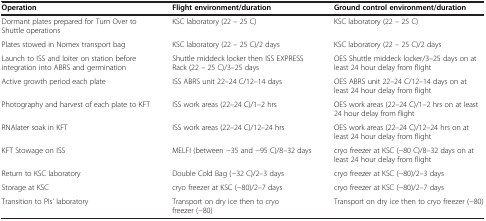
<table><thead><tr><td><b>Operation</b></td><td><b>Flight environment/duration</b></td><td><b>Ground control environment/duration</b></td></tr></thead><tbody><tr><td>Dormant plates prepared for Turn Over to Shuttle operations</td><td>KSC laboratory (22 – 25 C)</td><td>KSC laboratory (22 – 25 C)</td></tr><tr><td>Plates stowed in Nomex transport bag</td><td>KSC laboratory (22 – 25 C)/2 days</td><td>KSC laboratory (22 – 25 C)/2 days</td></tr><tr><td>Launch to ISS and loiter on station before integration into ABRS and germination</td><td>Shuttle middeck locker then ISS EXPRESS Rack (22 – 25 C)/3–25 days</td><td>OES Shuttle middeck locker/3–25 days on at least 24 hour delay from flight</td></tr><tr><td>Active growth period each plate</td><td>ISS ABRS unit 22–24 C/12–14 days</td><td>OES ABRS unit 22–24 C/12–14 days on at least 24 hour delay from flight</td></tr><tr><td>Photography and harvest of each plate to KFT</td><td>ISS work areas (22–24 C)/1–2 hrs</td><td>OES work areas (22–24 C)/1–2 hrs on at least 24 hour delay from flight</td></tr><tr><td>RNAlater soak in KFT</td><td>ISS work areas (22–24 C)/12–24 hrs</td><td>OES work areas (22–24 C)/12–24 hrs on at least 24 hour delay from flight</td></tr><tr><td>KFT Stowage on ISS</td><td>MELFI (between −35 and −95 C)/8–32 days</td><td>cryo freezer at KSC (−80 C)/8–32 days on at least 24 hour delay from flight</td></tr><tr><td>Return to KSC laboratory</td><td>Double Cold Bag (−32 C)/2–3 days</td><td>cryo freezer at KSC (−80)/2–3 days</td></tr><tr><td>Storage at KSC</td><td>cryo freezer at KSC (−80)/2–7 days</td><td>cryo freezer at KSC (−80)/2–7 days</td></tr><tr><td>Transition to PIs’ laboratory</td><td>Transport on dry ice then to cryo freezer (−80)</td><td>Transport on dry ice then to cryo freezer (−80)</td></tr></tbody></table>